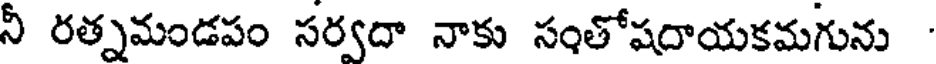
నీ రత్నమండపం సర్వదా నాకు సంతోషదాయకమగును